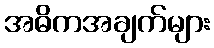
အဓိကအချက်များ